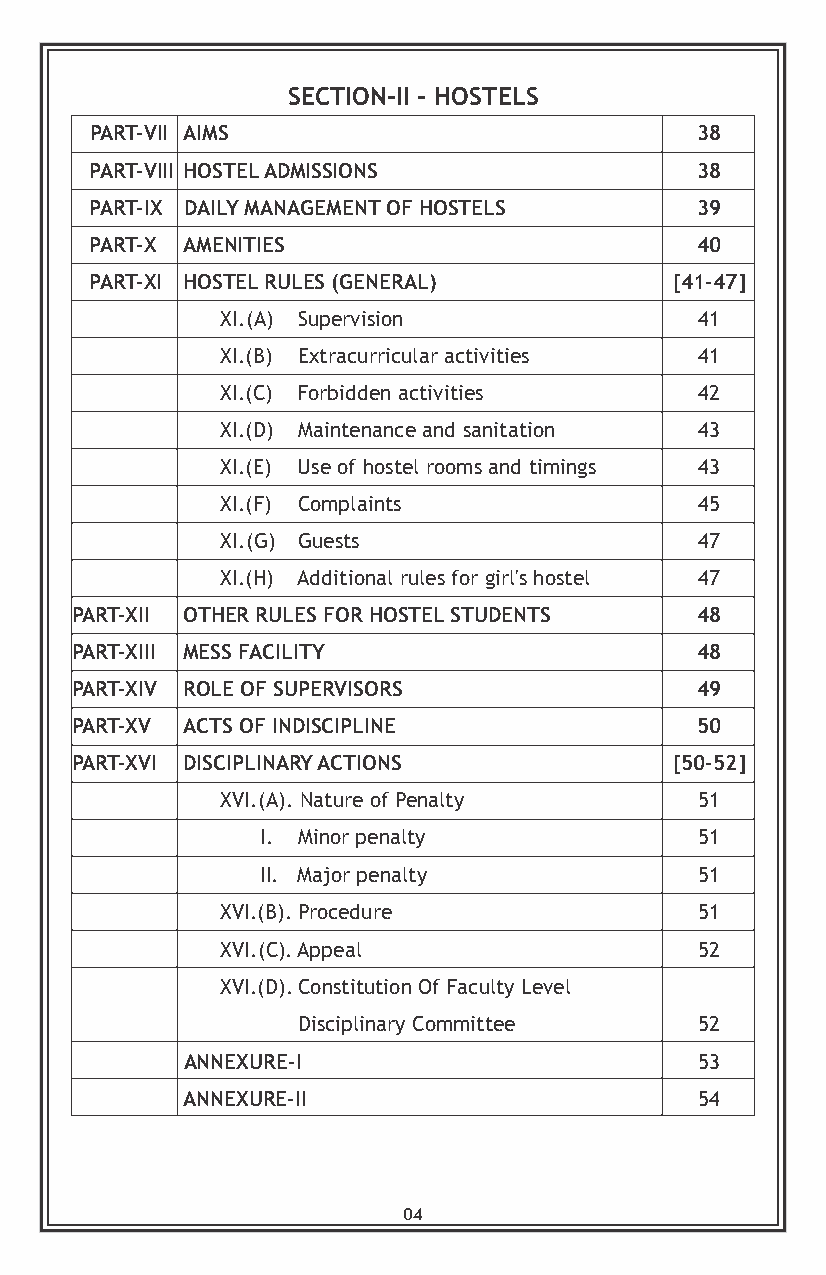
SECTION-II - HOSTELS
 PART-VII AIMS                           38
 PART-VIII HOSTEL ADMISSIONS             38
 PART-IX DAILY MANAGEMENT OF HOSTELS     39
 PART-X AMENITIES                        40
 PART-XI HOSTEL RULES (GENERAL)        [41-47]
 XI.(A) Supervision             41
 XI.(B) Extracurricular activities 41
 XI.(C) Forbidden activities    42
 XI.(D) Maintenance and sanitation 43
 XI.(E) Use of hostel rooms and timings 43
 XI.(F) Complaints              45
 XI.(G) Guests                  47
 XI.(H) Additional rules for girl's hostel 47
 PART-XII OTHER RULES FOR HOSTEL STUDENTS 48
 PART-XIII MESS FACILITY                  48
 PART-XIV ROLE OF SUPERVISORS             49
 PART-XV ACTS OF INDISCIPLINE             50
 PART-XVI DISCIPLINARY ACTIONS          [50-52]
 XVI.(A). Nature of Penalty     51
 I. Minor penalty             51
 II. Major penalty            51
 XVI.(B). Procedure             51
 XVI.(C). Appeal                52
 XVI.(D). Constitution Of Faculty Level
 Disciplinary Committee    52
 ANNEXURE-I                        53
 ANNEXURE-II                       54
 04